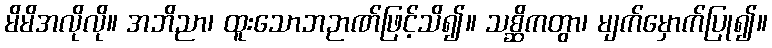
မိမိအလိုလို။ အဘိညာ၊ ထူးသောဘဉာဏ်ဖြင့်သိ၍။ သစ္ဆိကတွာ၊ မျက်မှောက်ပြု၍။